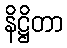
နိဋ္ဌိတာ